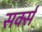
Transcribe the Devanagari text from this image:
सर्क्स